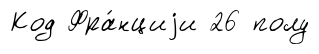
Код Фра́нциjи 26 полу